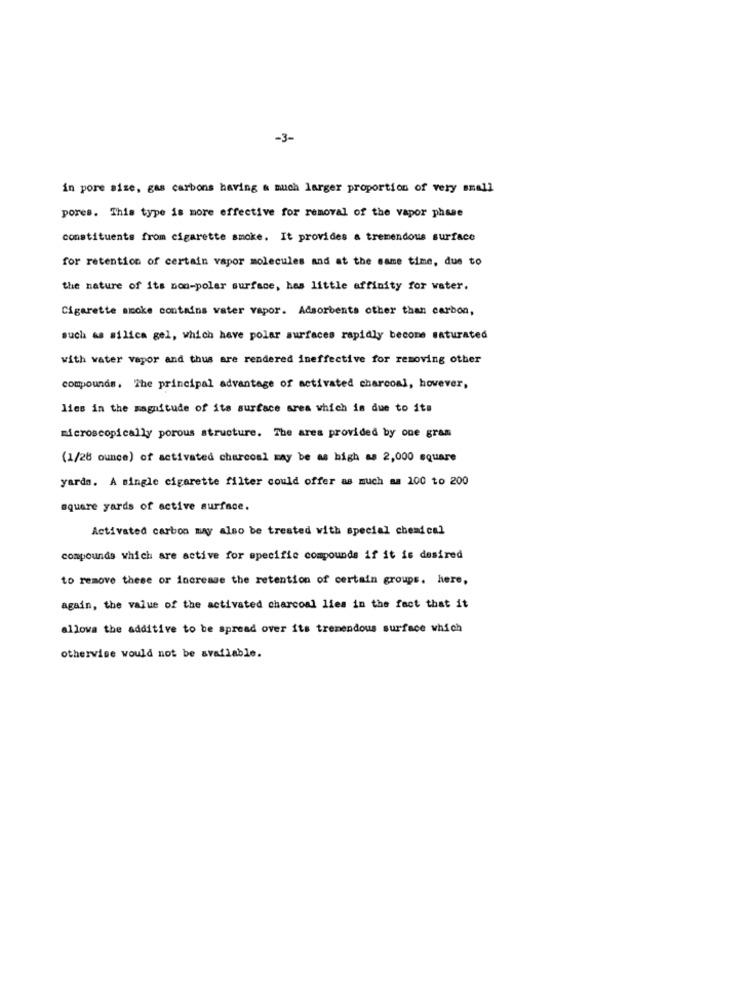
-3-
in pore sise, gas carbons having a much larger proportion of very small
pores. This type is more effective for removal of the vapor phase
constituents from cigarette smoke. It provides a tremendous surface
for retention of certain vapor molecules and at the same time, due to
the nature of its non-polar surface, hes little affinity for water.
Cigarette smoke contains water vapor. Adsorbents other than carbon,
such as silica gel, which have polar surfaces rapidly become saturated
with water vapor and thus are rendered ineffective for removing other
compounds. The principal advantage of activated charcoal, however,
lies in the magnitude of its surface area which is due to its
microscopically porous structure. The area provided by one gram
(1/28 ounce) of activated charcoal may be as high as 2,000 square
yards. A single cigarette filter could offer as much as 100 to 200
square yards of active surface.
Activated carbon may also be treated with special chead cal
compounds which are active for specific compounds if it is desired
to remove these or increase the retention of certain groups. here,
again, the value of the activated charcoal lies in the fact that it
allows the additive to be spread over its tremendous surface which
otherwise would not be available.